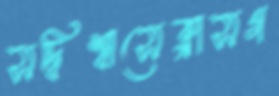
সদ্বিশ্বাসেক্লাসগ